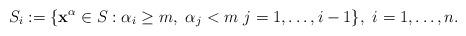
LaTeX: \begin{align*}S_i:=\{\mathbf x^\alpha \in S : \alpha_i\geq m,\ \alpha_j<m\ j=1,\dots,i-1\},\ i=1,\dots,n.\end{align*}